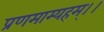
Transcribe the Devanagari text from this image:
प्रणमाम्यहम्।।